King Institute of Preventive Medicine Bacteriolog. Section reports 1907-08
Year: 1907
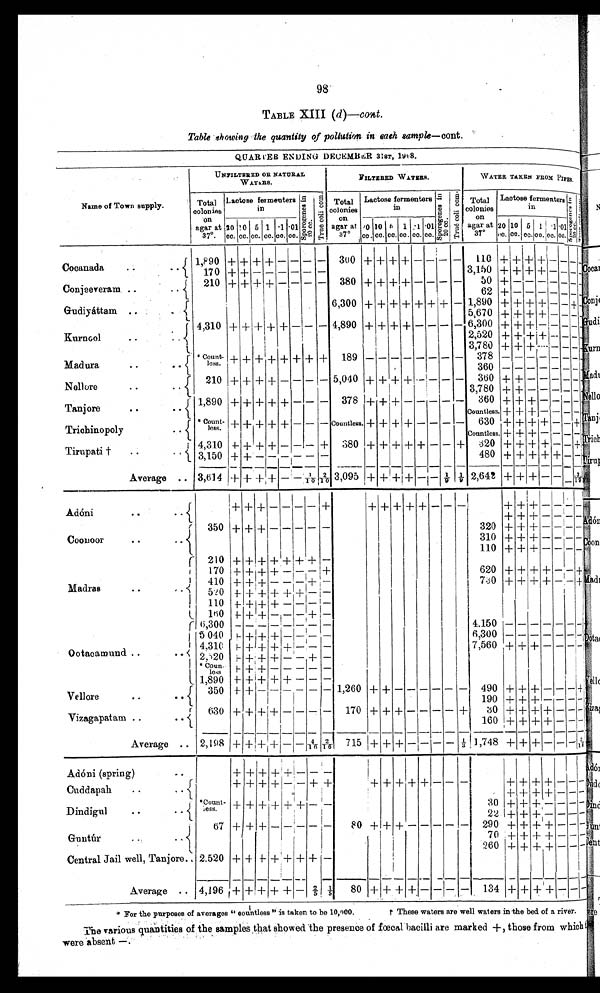
98
TABLE XIII (d)— cont.
Table showing the quantity of pollution in each sample—cont.
QUARTER ENDING DECEMBER 31ST, 1908.
Name of Town supply.
UNFILTERED OR NATURAL
WATERS.
FILTERED WATERS.
WATER TAKEN FROM PIPES.
Total
colonies
on
agar at
37°L
actose fermenters
in
Spor ogenes i n
20 cc.
Tr ue col i com.
Total
colonies
on
agar at
37°L
actose fermenters
in
Spor ogenes i n
20 cc.
Tr u e c o l i c o m.
Total
colonies
on
agar at
37°L
actose fermenters
in
Sp o r o g e n e s i n
20 cc.
Tr ue col i com.
20
cc.
10
cc.
5
cc.
1
cc.
.1
cc.
.01
cc.
20
cc.
10
cc.
5
cc.
1
cc.
.1
cc.
. 0 1
cc.
20
cc.
10
cc.
5
cc.
1
cc.
.1
cc.
. 0 1
cc.
0
Cocanada
.. ..
1,890
+ + + +
– – – –
300
+
+ ++ +
– – – –
110
+ + +
+
– – – –
170
+ +
– – – – – –
3,150
+ + + +
– – –
– —
Conjeeveram
210
+ + + +
– – – –
380
+ + + +
– – – –
50
+
– – – – – – –
62
+
– – – – – – –
Gudiyáttam..
6 3 0 0
+ + + + + + +
–
1 , 8 9 0
+ + + +
– –
+
—
5 , 6 7 0
+ + + +
– – – –
Kurnool.. ..
4 , 3 1 0
+ + + + +
– – –
4 , 8 9 0
+ + + +
– – – – 6,300
+ + +
– – – – –
2 , 5 2 0
+ + + +
– – –
–—
3 , 7 8 0
+ + +
– – – –
– —
Madura.. ..
*Countless.
+ + + + + + + +
1 8 9
– – – – – – – –
3 7 8
– – – – – – – –
3 6 0
– – – – – – – –
Nellore.. ..
2 1 0
+ + + +
– – – –
5 , 0 4 0
+ + + +
– – – –
3 6 0
+ +
– – – – – –
3,780
+ +
– – – – – –
Tanjore.. ..
1 , 8 9 0
+ + + + +
– – –
3 7 8
+ + +
—
– – – –
3 6 0
+ + +
– – – – –
Countless.
++ + +
– – – –
–
Trichinopoly.. ..
*Countless.
+ + + + +
– – –
Countless.
+ + + +
– – – –
6 3 0
+ + + +
– –
+
–
Countless.
+ + +
– – – – –
Tirupati† .. ..
4 , 3 1 0
+ + + +
– – –
+
380
+ + + + +
– –
+
320
+ + + +
– –
+
–
3 , 1 5 0
+ +
– – – –
—
–
4 8 0
+ + + + +
– – –
Average ..
3 , 6 1 4
+ + + +
– –
1 / 1 0
2 / 1 0 3,095
+ + + +
– –
1 / 9 1 / 9
2 , 6 4 2
+ + +
– – – 3/19–
Adóni ..
+ + +
– – – –
+ + + + + +
– – –
+ + +
– – – – –
+ + +
– – – – –
Coonoor
3 5 0
+ + +
– – – – –
3 2 0
+ + +
– – – – –
3 1 0
+ + +
– – –
—
–
1 1 0
+
+ +
– – – – –
Madras
..
..
2 1 0
+ + + + + + +
–
1 7 0
+ + + +
– – –
+
6 2 0
+ + + +
– –
+
–
4 1 0
+ + +
– – –
+
–
7 3 0
+ + + +
– –
+
5 2 0
+ + + + + +
– –
1 1 0
+ + + +
– – – –
1 6 0
+ + +
– – –
+
–
Ootacamund.. ..
6 , 3 0 0
– – – – – – – –
4,150
– – – – – –
—
–
5 , 0 4 0
+ + + +
– – – –
6,300
– – – – – – – –
4 , 3 1 0
+ + + + +
– – –
7,560
+ + +
– – – – –
2,520
+ + + +
– –
+
–
*Countless.
+ + +
– – – – –
1 , 8 9 0
+ + + + +
– – –
Vellore.. ..
3 5 0
+ +
– – – – – –
1 , 2 6 0
+ +
– – – – – –
4 9 0
+ + +
– – –
+
–
1 9 0
+ + +
– – – – –
Vizagapatam ..
6 3 0
+ + + +
– – – –
1 7 0
+ + +
– – – –
+
3 0
+ + + +
– – – –
1 6 0
+ + + +
– – – –
Average..
2 , 1 9 8
+ + + +
– –
4 / 1 6
2 / 1 6
715
+ + +
– – – –
⅓
1 , 7 4 8
+ + +
– – –
3 / 1 4
–
Adóni (spring)..
+ + + + +
– – –
Cuddapah
..
+ + + +
– –
+ + + + + + +
– – –
+ + + +
– – – –
+ + + +
– – – –
Dindigul .. ..
*Countless.
+ + + + + +
– –
3 0
+ + +
– – – – –
2 2
+ + +
– – – – –
Guntúr .. ..
6 7
+ + +
– – – – –
8 0
+ + +
– – – – –
2 9 0
+ + + +
– – – –
7 0
+ + + +
–~– –
2 6 0
+ + + +
– – – –
Central Jail well, Tanjore..
2,520
+ + + + + + +
–
Average
4 , 1 9 6
+ + + + +
–
2 / 5
1 / 5
80
+ + + +
– – – –
1 3 4
+ + + +
– – –
* For the purposes of averages " countless " is taken to be 10,000.
† These waters are well waters in the bed of a river.
The various quantities of the samples that showed the presence of fœcal bacilli are marked +, those from which
were absent —.